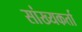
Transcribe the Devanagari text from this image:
सांख्यकर्ता